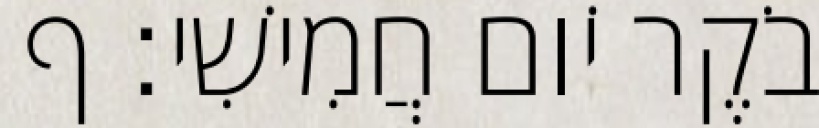
בֹקֶר יֹום חֲמִישִׁי׃ ף